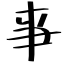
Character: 亊